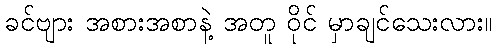
ခင်ဗျား အစားအစာနဲ့ အတူ ဝိုင် မှာချင်သေးလား။